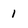
Character: 1